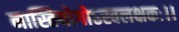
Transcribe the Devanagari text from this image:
नास्तियोगोऽस्वलक्षकः।।